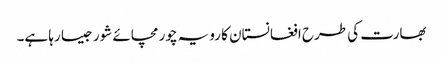
بھارت کی طرح افغانستان کا رویہ چور مچائے شور جیسا رہا ہے۔